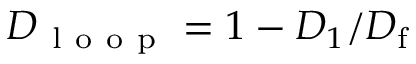
D _ { \mathrm { ~ l ~ o ~ o ~ p ~ } } = 1 - D _ { 1 } / D _ { \mathrm { f } }